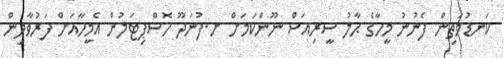
ކަނޑުމަތިން ފެނުނު މީހާގެ ޙާލު ސީރިއަސް ނޫންކަމަށް ށ.ފުނަދޫ ހޮސްޕިޓަލުން އެމީހާއަށް ފަރުވާދިން